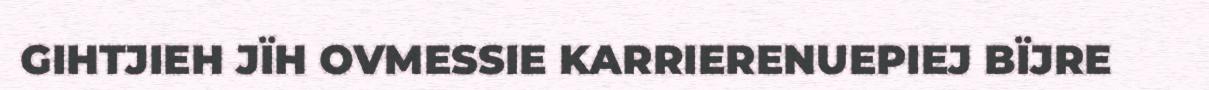
GIHTJIEH JÏH OVMESSIE KARRIERENUEPIEJ BÏJRE